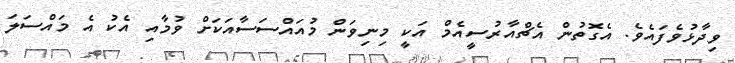
ވިދާޅުވެފައެވެ. އެގޮތުން އެޗްއާރުސީއެމް އަކީ މިނިވަން މުއައްސަސާއަަކަށް ވުމާއި އެކު އެ މައްސަލަ